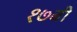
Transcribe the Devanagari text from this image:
१७बी